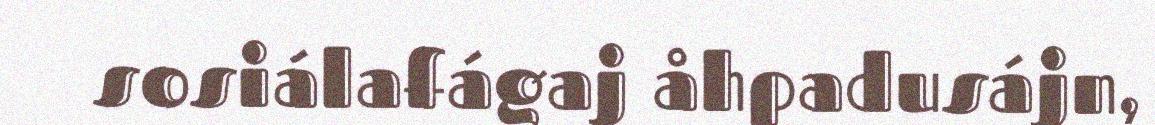
sosiálafágaj åhpadusájn,